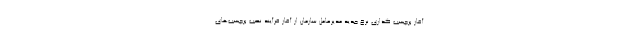
آغاز برچسب گذاری نرخ جدید مدیرعامل سازمان از آغاز فرآیند نصب برچسب‌های